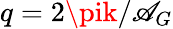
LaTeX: q=2\pik/\mathscr{A}_{G}